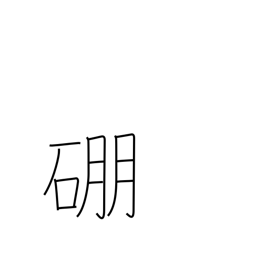
Meaning: boron